Annual statistical returns and brief notes on vaccination in Bengal - 1887-1898
Year: 1887
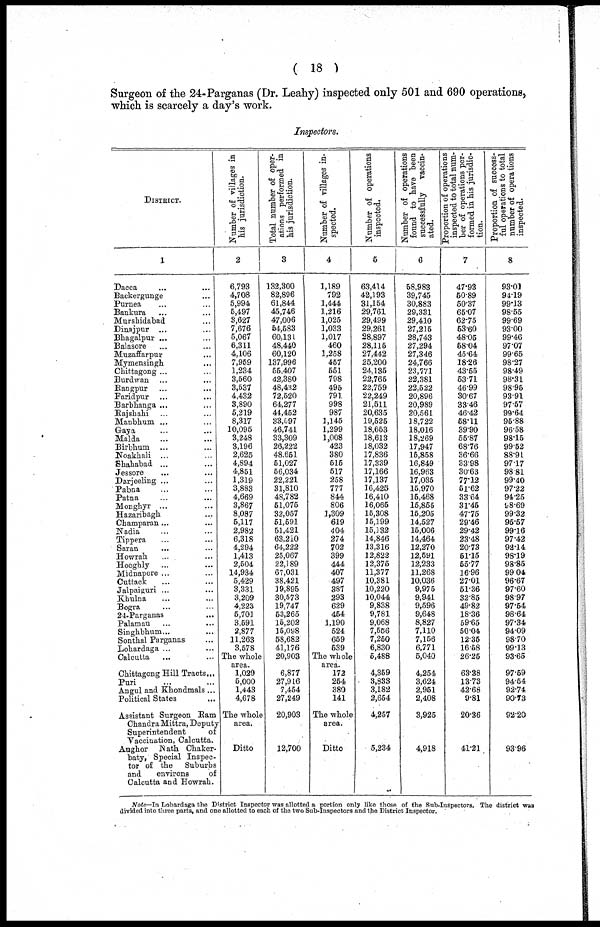
( 18 )
Surgeon of the 24-Parganas (Dr. Leahy) inspected only 501 and 690 operations,
which is scarcely a day's work.
Inspectors.
DISTRICT.
1
Dacca ... ...
Backergunge ...
Purnea ...
Bankura ...
Murshidabad ...
Dinajpur ...
Bhagalpur ...
Balasore ...
Muzaffarpur ...
Mymensingh ...
Chittagong ...
Burdwan ...
Rangpur ...
Faridpur ...
Barbhanga ...
Rajshahi ...
Manbhum ... ...
Gaya ... ...
Malda ... ...
Birbhum ... ...
Noakhali ... ...
Shahabad ... ...
Jessore ... ...
Darjeeling ... ...
Pabna ... ...
Patna ... ...
Monghyr ... ...
Hazaribagh ...
Champaran ...
Nadia ... ...
Tippera ... ...
Saran ... ...
Howrah ... ...
Hooghly ... ...
Midnapore ... ...
Cuttack ... ...
Jalpaiguri ... ...
Khulna ... ...
Bogra ... ...
24-Parganas ...
Palamau ... ...
Singhbhum ...
Sonthal Parganas ...
Lohardaga ... ...
Calcutta ... ...
Chittagong Hill Tracts ...
Puri ... ...
Angul and Khondmals ...
Political States ...
Assistant Surgeon Ram
Chandra Mittra, Deputy
Superintendent
of
Vaccination, Calcutta.
Aughor Nath Chaker¬
baty, Special Inspec-
tor of the Suburbs
and
environs
of
Calcutta and Howrah.
Number of villages in
his jurisdiction.
2
6,793
4,708
5,994
5,497
3,627
7,676
5,067
6,311
4,106
7,959
1,234
3,560
3,537
4,432
3,890
5,219
8,317
10,095
3,248
3,196
2,625
4,894
4,851
1,319
3,883
4,669
3,867
8,087
5,117
2,982
6,318
4,294
1,413
2,504
14,934
5,429
3,331
3,209
4,223
5,701
3,591
2,877
11,263
3,578
The whole
area.
1,029
5,000
1,443
4,678
The whole
area.
Ditto
Total number of oper-
ations performed in
his jurisdiction.
3
132,300
82,896
61,844
45,746
47,006
54,583
60,131
48,440
60,120
137,996
55,407
42,380
48,482
72,520
64,277
44,452
33,597
46,741
33,309
26,222
48,651
51,027
56,034
22,221
31,810
48,782
51,075
32,057
51,591
51,421
63,210
64,222
25,067
22,189
67,031
38,421
19,895
30,573
19,747
53,265
15,202
15,098
58,682
41,176
20,903
6,877
27,916
7,454
27,249
20,903
12,700
Number of villages in-
spected.
4
1,189
792
1,444
1,216
1,025
1,033
1,017
460
1,258
457
551
798
495
791
998
987
1,145
1,299
1,008
423
380
515
517
258
777
844
806
1,309
619
404
274
702
399
444
407
497
387
293
629
454
1,190
524
659
539
The whole
area.
172
254
380
141
The whole
area.
Ditto
Number of operations
inspected.
5
63,414
42,193
31,154
29,761
29,499
29,261
28,897
28,115
27,442
25,200
24,135
22,765
22,759
22,249
21,511
20,635
19,525
18,653
18,613
18,032
17,836
17,339
17,166
17,137
16,425
16,410
16,065
15,308
15,199
15,132
14,846
13,316
12,822
12,375
11,377
10,381
10,220
10,044
9,838
9,781
9,068
7,556
7,250
6,830
5,488
4,359
3,833
3,182
2,654
4,257
5,234
Number of operations
found to have been
successfully
vaccin-
ated.
6
58,983
39,745
30,883
29,331
29,410
27,215
28,743
27,294
27,346
24,766
23,771
22,381
22,522
20,896
20,989
20,561
18,722
18,016
18,269
17,947
15,858
16,849
16,963
17,035
15,970
15,468
15,855
15,205
14,527
15,006
14,464
12,270
12,591
12,233
11,268
10,036
9,975
9,941
9,596
9,648
8,827
7,110
7,156
6,771
5,040
4,254
3,624
2,951
2,408
3,925
4,918
Proportion of operations
inspected to total num-
ber of operations per-
---med in his jurisdie¬
tion.
7
47.93
50.89
50.37
65.07
62.75
53.60
48.05
58.04
45.64
18.26
43.55
53.71
46.99
30.67
33.46
46.42
58.11
39.90
55.87
68.76
36.66
33.98
30.63
77.12
51.62
33.64
31.45
47.75
29.46
29.42
23.48
20.73
51.15
55.77
16.96
27.01
51.36
32.85
49.82
18.36
59.65
50.04
12.35
16.58
26.25
63.38
13.73
42.68
9.81
20.36
41.21
Proportion of success-
ful operations to total
number of operations
inspected.
8
93.01
94.19
99.13
98.55
99.69
93.00
99.46
97.07
99.65
98.27
98.49
98.31
98.95
93.91
97.57
99.64
96.88
96.58
98.15
99.52
88.91
97.17
98.81
99.40
97.22
94.25
98.69
99.32
95.57
99.16
97.42
92.14
98.19
98.85
99.04
96.67
97.60
98.97
97.54
98.64
97.34
94.09
98.70
99.13
93.65
97.59
94.54
92.74
90.73
92.20
93.96
Note—In Lohardaga the District Inspector was allotted a portion only like those of the Sub-Inspectors. The district was
divided into three parts, and one allotted to each of the two Sub-Inspectors and the District Inspector.